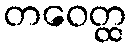
တဝေတ္ထ